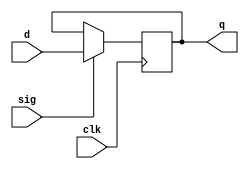
module flopr(clk, sig, d, q);
    parameter width=32;
    input clk;
    input sig;
    input [width-1:0] d;
    output reg [width-1:0] q;

    always @(negedge clk)
        if (sig==1)
            q <= d;
endmodule